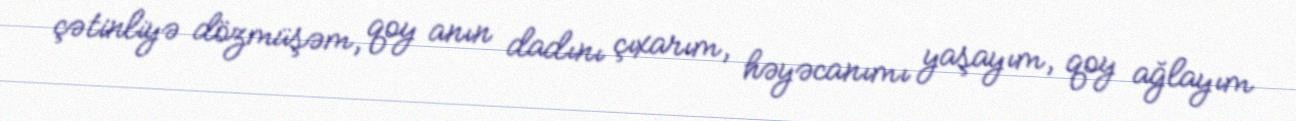
çətinliyə dözmüşəm, qoy anın dadını çıxarım, həyəcanımı yaşayım, qoy ağlayım